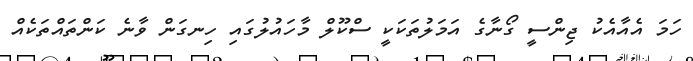
ހަމަ އެއާއެކު ޖިންސީ ގޯނާގެ އަމަލުތަކަކީ ސްކޫލް މާހައުލުގައި ހިނގަން ވާނެ ކަންތައްތަކެއް